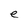
Character: e